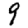
Digit: 9